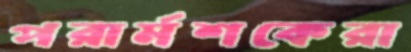
পরার্মশকেরা